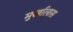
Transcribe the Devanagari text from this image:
मुर्खालास